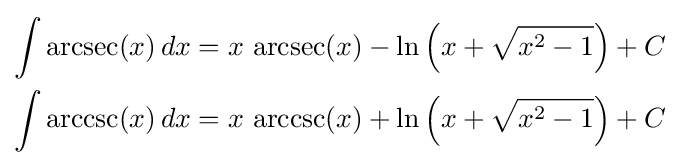
{\begin{aligned}\int \operatorname {arcsec} (x)\,dx&{}=x\,\operatorname {arcsec} (x)-\ln \left(x+{\sqrt {x^{2}-1}}\right)+C\\\int \operatorname {arccsc} (x)\,dx&{}=x\,\operatorname {arccsc} (x)+\ln \left(x+{\sqrt {x^{2}-1}}\right)+C\end{aligned}}